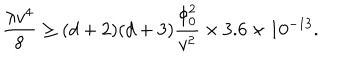
{ \frac { \lambda v ^ { 4 } } { 8 } } \ge ( d + 2 ) ( d + 3 ) { \frac { \phi _ { 0 } ^ { 2 } } { v ^ { 2 } } } \times 3 . 6 \times 1 0 ^ { - 1 3 } .